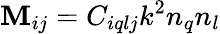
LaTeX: \textbf{M}_{ij}=C_{iqlj}k^{2}n_{q}n_{l}